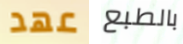
عهد بالطبع